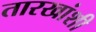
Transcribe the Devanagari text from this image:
तारखांशी